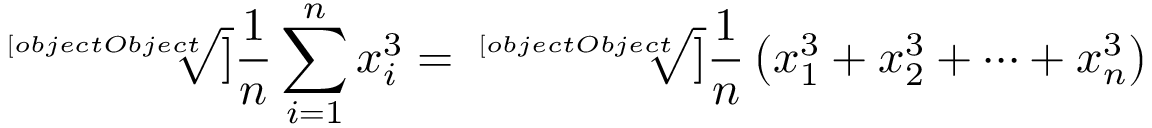
{ \sqrt [ [object Object] ] { { \frac { 1 } { n } } \sum _ { i = 1 } ^ { n } x _ { i } ^ { 3 } } } = { \sqrt [ [object Object] ] { { \frac { 1 } { n } } \left( x _ { 1 } ^ { 3 } + x _ { 2 } ^ { 3 } + \cdots + x _ { n } ^ { 3 } \right) } }